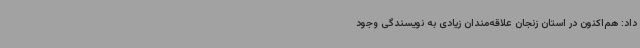
‌داد: هم‌اکنون در استان زنجان علاقه‌مندان زیادی به نویسندگی وجود